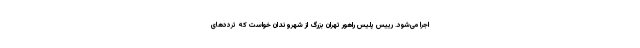
اجرا می‌شود. رییس پلیس راهور تهران بزرگ از شهروندان خواست که ترددهای